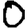
Digit: 0